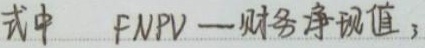
式中 $FNPV$ — 财务净现值；